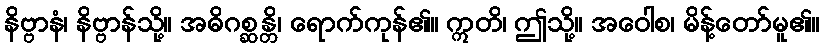
နိဗ္ဗာနံ၊ နိဗ္ဗာန်သို့။ အဓိဂစ္ဆန္တိ၊ ရောက်ကုန်၏။ ဣတိ၊ ဤသို့။ အဝေါစ၊ မိန့်တော်မူ၏။